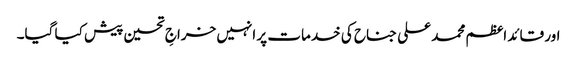
اور قائد اعظم محمد علی جناح کی خدمات پر انہیں خراجِ تحسین پیش کیا گیا۔